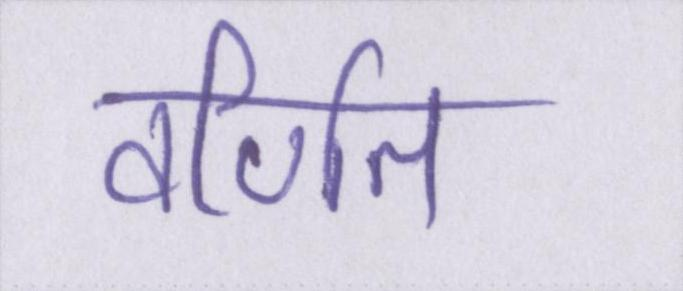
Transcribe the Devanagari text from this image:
वर्णित